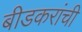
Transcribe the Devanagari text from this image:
बीडकरांची